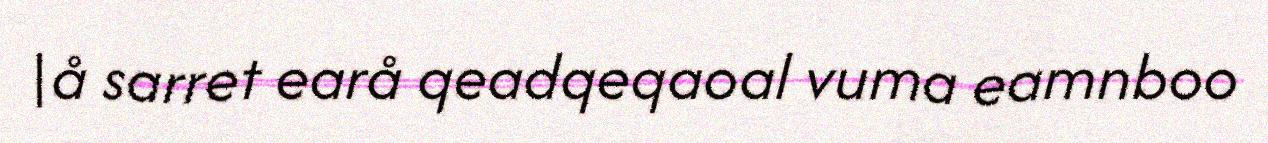
|å sarret earå qeadqeqaoal vuma eamnboo